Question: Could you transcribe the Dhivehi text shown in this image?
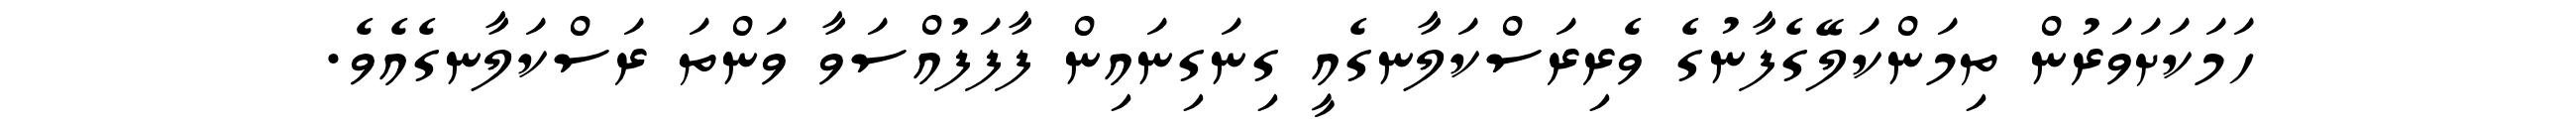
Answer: ހަމަކަށަވަރުން ތިމަންކަލޭގެފާނުގެ ވެރިރަސްކަލާނގެއީ ގިނަގިނައިން ފާފަފުއްސަވާ ވަންތަ ރަސްކަލާނގެއެވެ.